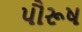
પૌરૂષ